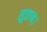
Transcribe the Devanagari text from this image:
सुतान्।